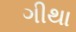
ગીથા